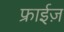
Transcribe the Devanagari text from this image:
फ्राईज़